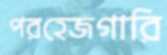
পরহেজগারি